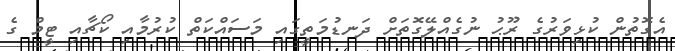
އެގޮތުން ކުޅިވަރުގެ ރޫޙު ނުގެއްލޭގޮތަށް ދަނޑުމަތީގައި މަސައްކަތް ކުރުމާއި ކޯޗާއި ޓީމް ގެ